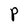
Character: P